Lunatic asylums Burma 1907-21 - 1907-1921
Year: 1907
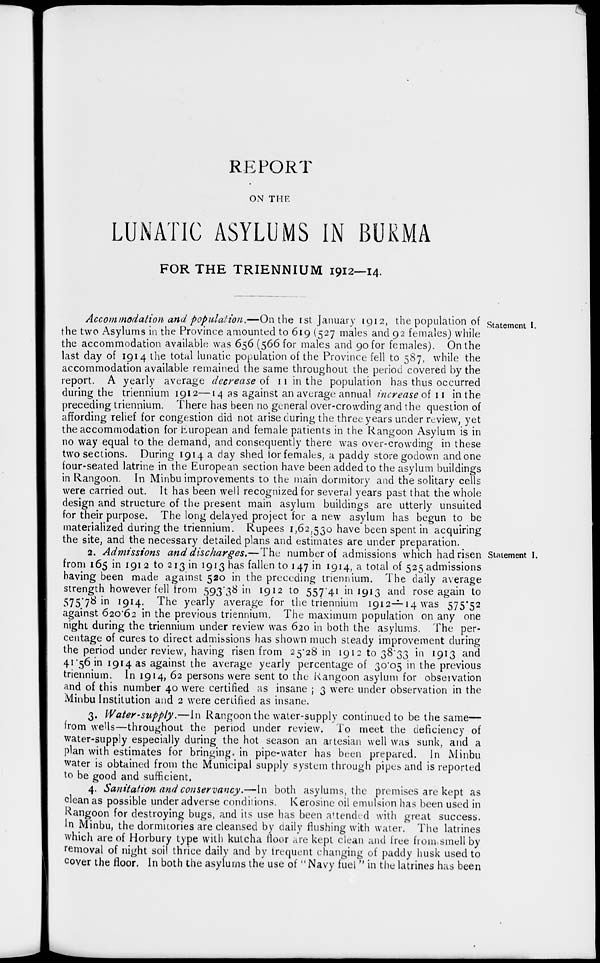
REPORT
ON THE
LUNATIC ASYLUMS IN BURMA
FOR THE TRIENNIUM 1912—14.
Statement I.
Accommodation and population.—On the 1st January 1912, the population of
the two Asylums in the Province amounted to 619 (527 males and 92 females) while
the accommodation available was 656 (566 for males and 90 for females). On the
last day of 1914 the total lunatic population of the Province fell to 587, while the
accommodation available remained the same throughout the period covered by the
report. A yearly average decrease of 11 in the population has thus occurred
during the triennium 1912—14 as against an average annual increase of 11 in the
preceding triennium. There has been no general over-crowding and the question of
affording relief for congestion did not arise during the three years under review, yet
the accommodation for European and female patients in the Rangoon Asylum is in
no way equal to the demand, and consequently there was over-crowding in these
two sections. During 1914 a day shed for females, a paddy store godown and one
four-seated latrine in the European section have been added to the asylum buildings
in Rangoon. In Minbu improvements to the main dormitory and the solitary cells
were carried out. It has been well recognized for several years past that the whole
design and structure of the present main asylum buildings are utterly unsuited
for their purpose. The long delayed project for a new asylum has begun to be
materialized during the triennium. Rupees 1,62,530 have been spent in acquiring
the site, and the necessary detailed plans and estimates are under preparation.
Statement I.
2. Admissions and discharges.—The number of admissions which had risen
from 165 in 191 2 to 213 in 1913 has fallen to 147 in 1914, a total of 525 admissions
having been made against 520 in the preceding triennium. The daily average
strength however fell from 593.38 in 1912 to 557.41 in 1913 and rose again to
575.78 in 1914. The yearly average for the triennium 1912—14was 575.52
against 620.62 in the previous triennium. The maximum population on any one
night during the triennium under review was 620 in both the asylums. The per-
centage of cures to direct admissions has shown much steady improvement during
the period under review, having risen from 25.28 in 1912 to 38.33 in 1913 and
41.56 in 1914 as against the average yearly percentage of 30.05 in the previous
triennium. In 1914, 62 persons were sent to the Rangoon asylum for observation
and of this number 40 were certified as insane ; 3 were under observation in the
Minbu Institution and 2 were certified as insane.
3. Water-supply.—In Rangoon the water-supply continued to be the same—
from wells—throughout the period under review. To meet the deficiency of
water-supply especially during the hot season an artesian well was sunk, and a
plan with estimates for bringing, in pipe-water has been prepared. In Minbu
water is obtained from the Municipal supply system through pipes and is reported
to be good and sufficient.
4. Sanitation and conservancy.—In both asylums, the premises are kept as
clean as possible under adverse conditions. Kerosine oil emulsion has been used in
Rangoon for destroying bugs, and its use has been attended with great success.
In Minbu, the dormitories are cleansed by daily flushing with water. The latrines
which are of Horbury type with kutcha floor are kept clean and free from smell by
removal of night soil thrice daily and by frequent changing of paddy husk used to
cover the floor. In both the asylums the use of " Navy fuel " in the latrines has been